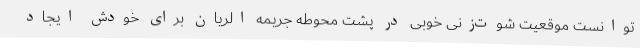
توانست موقعیت شوت‌زنی خوبی در پشت محوطه جریمه الریان برای خودش ایجاد